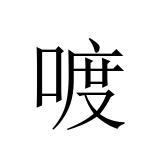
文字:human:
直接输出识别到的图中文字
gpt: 喥